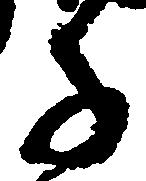
子